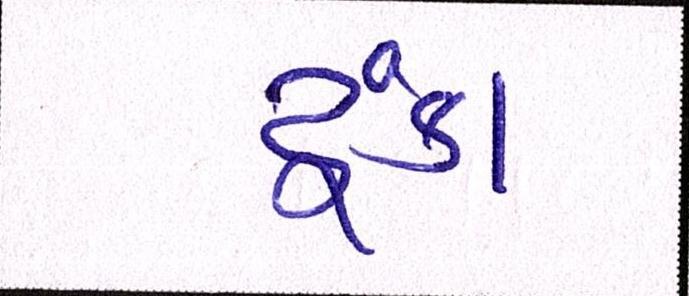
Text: ટૂંકા